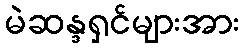
မဲဆန္ဒရှင်များအား